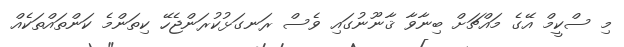
މި ސްކީމް އޭގެ މައްޗަށް ބިނާވާ ޤާނޫނުގައި ވެސް ރަނގަޅުކުރަންޖެހޭ ކިތަންމެ ކަންތައްތަކެއް